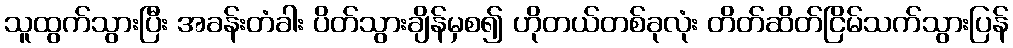
သူထွက်သွားပြီး အခန်းတံခါး ပိတ်သွားချိန်မှစ၍ ဟိုတယ်တစ်ခုလုံး တိတ်ဆိတ်ငြိမ်သက်သွားပြန်